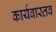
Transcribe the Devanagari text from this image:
कार्यवास्तव